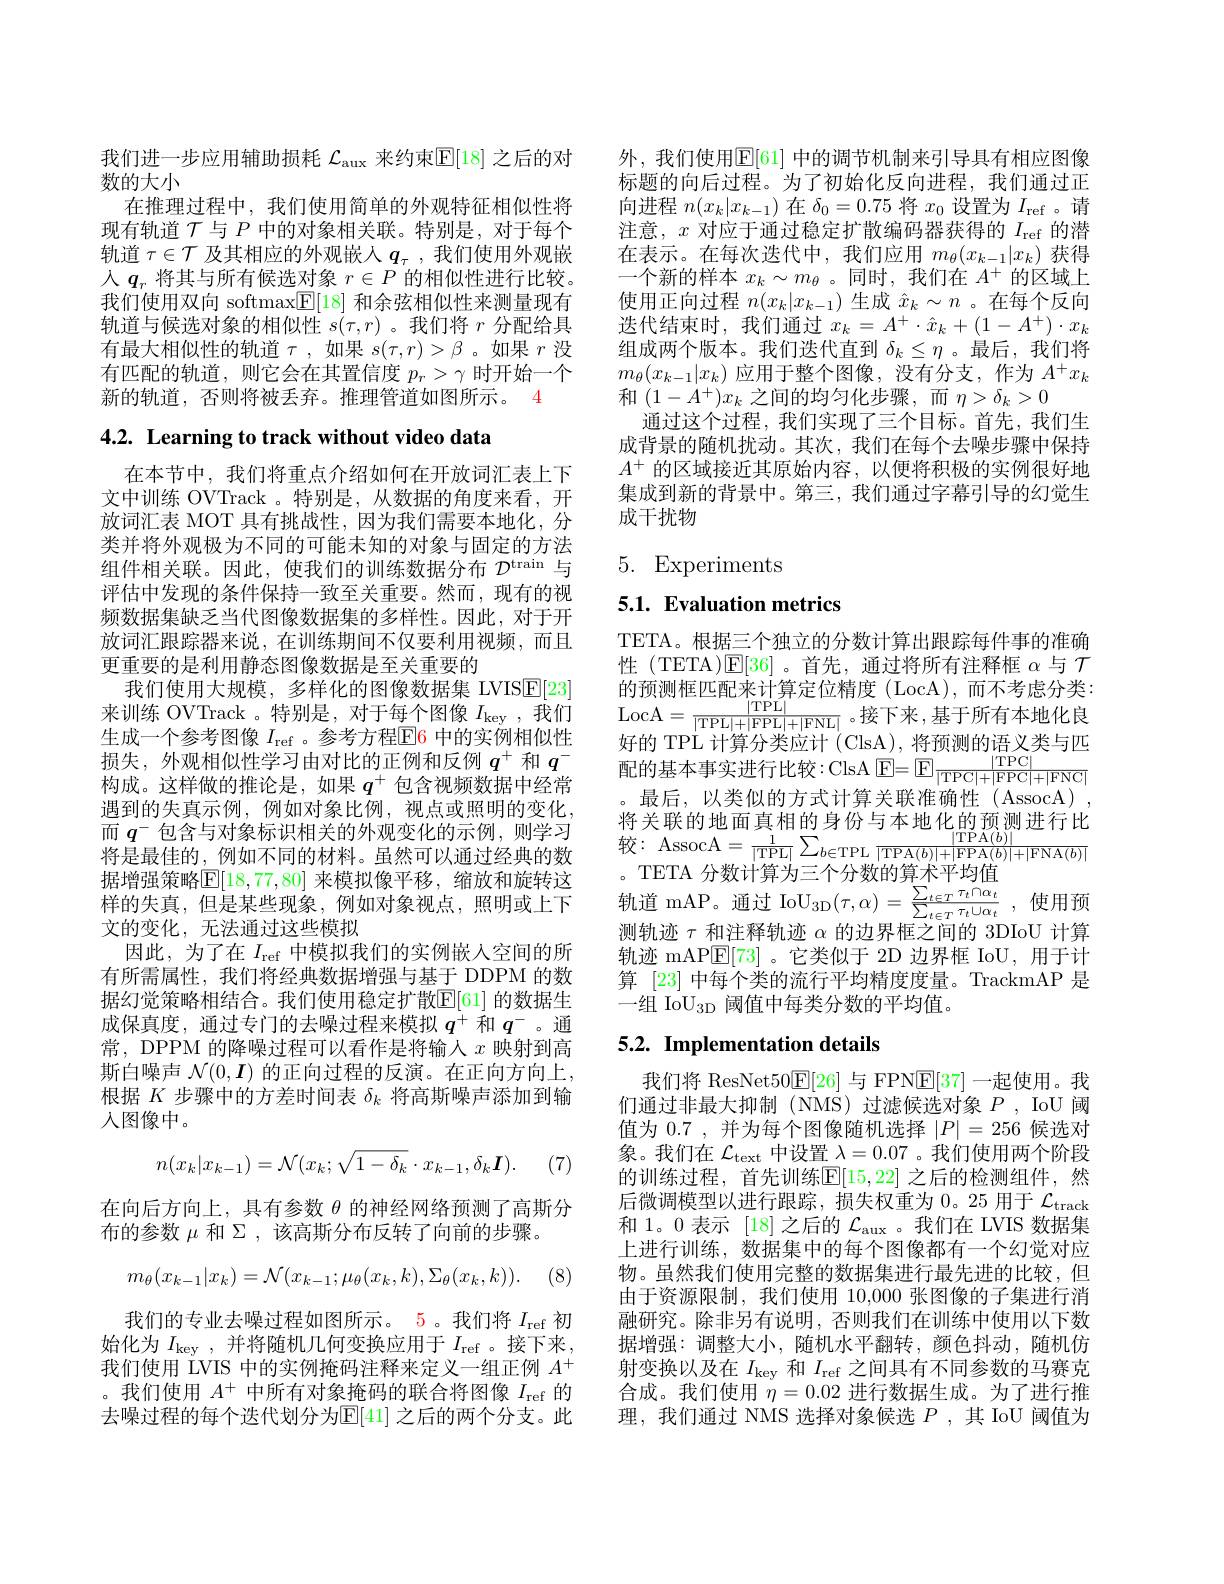
我们进一步应用辅助损耗$\mathcal{L}_\mathrm{aux}$来约束$\mathbb{E}[18]$之后的对
数的大小
在推理过程中，我们使用简单的外观特征相似性将现有轨道$\mathcal{T}$与$P$中的对象相关联。特别是，对于每个轨道$\tau\in\mathcal{T}$及其相应的外观嵌人$q_\tau$ ,我们使用外观嵌入$q_r$将其与所有候选对象$r\in P$的相似性进行比较。我们使用双向 softmax$\underline{\mathrm{E}}[18]$和余弦相似性来测量现有轨道与候选对象的相似性$s(\tau,r)$ 。我们将$r$分配给具有最大相似性的轨道$\tau$,如果$s(\tau,r)>\beta$ 。如果$r$没有匹配的轨道，则它会在其置信度$p_r>\gamma$时开始一个新的轨道，否则将被丢弃。推理管道如图所示。4

4.2. Learning to track without video data

在本节中，我们将重点介绍如何在开放词汇表上下文中训练 OVTrack 。特别是，从数据的角度来看，开放词汇表 MOT 具有挑战性，因为我们需要本地化，分类并将外观极为不同的可能未知的对象与固定的方法组件相关联。因此，使我们的训练数据分布$D^\mathrm{train}$与评估中发现的条件保持一致至关重要。然而，现有的视频数据集缺乏当代图像数据集的多样性。因此，对于开放词汇跟踪器来说，在训练期间不仅要利用视频，而且更重要的是利用静态图像数据是至关重要的
我们使用大规模，多样化的图像数据集 LVISE[23] 来训练 OVTrack 。特别是，对于每个图像$I_\mathrm{key}$,我们生成一个参考图像 $I_\mathrm{ref}$ 。参考方程$\overline{\mathbb{E}}$6 中的实例相似性损失，外观相似性学习由对比的正例和反例$q^+$和$q^-$ 构成。这样做的推论是，如果$q^{+}$包含视频数据中经常遇到的失真示例，例如对象比例，视点或照明的变化， 而$q^-$包含与对象标识相关的外观变化的示例，则学习将是最佳的，例如不同的材料。虽然可以通过经典的数据 增 强 策 略 $\mathbb{E} [ 18, 77, 80]$ 来 模 拟 像 平 移 , 缩 放 和 旋 转 这 。TETA 分 数 计 算 为 三 个 分 数 的 算 术 平 均 值 样 的 失 真 , 但 是 某 些 现 象 , 例 如 对 象 视 点 , 照 明 或 上 下 $\text{轨 道 mAP。通 过 IoU}_{3\mathrm{D} }( \tau , \alpha ) = \frac {\sum _{t\in T}\tau _{t}\cap \alpha _{t}}{\sum _{t\in T}\tau _{t}\cup \omega _{t}}$, 使 用 预 文 的 变 化 , 无 法 通 过 这 些 模 拟 测 轨 迹 $\tau$ 和 注 释 轨 迹 $\alpha$ 的 边 界 框 之 间 的 3DIoU 计 算
因此，为了在$I_\mathrm{ref}$中模拟我们的实例嵌人空间的所有所需属性，我们将经典数据增强与基于 DDPM 的数据幻觉策略相结合。我们使用稳定扩散E[ 61] 的数据生成保真度，通过专门的去噪过程来模拟$q^+$和$q^-$。通常，DPPM 的降噪过程可以看作是将输人$x$映射到高斯白噪声$\mathcal{N}(0,\boldsymbol{I})$的正向过程的反演。在正向方向上， 根据$K$步骤中的方差时间表$\delta_k$将高斯噪声添加到输人图像中。
$$n(x_{k}|x_{k-1})=\mathcal{N}(x_{k};\sqrt{1-\delta_{k}}\cdot x_{k-1},\delta_{k}\boldsymbol{I}).$$
(7)

在向后方向上，具有参数$\theta$的神经网络预测了高斯分
布的参数$\mu$和$\Sigma$,该高斯分布反转了向前的步骤。
$$m_{\theta}(x_{k-1}|x_{k})=\mathcal{N}(x_{k-1};\mu_{\theta}(x_{k},k),\Sigma_{\theta}(x_{k},k)).$$
我们的专业去噪过程如图所示。5。我们将$I_\mathrm{ref}$初始化为$I_\mathrm{key}$ ,并将随机几何变换应用于$I_\mathrm{ref}$ 。接下来， 我们使用 LVIS 中的实例掩码注释来定义一组正例$A^+$ 。我们使用$A^+$中所有对象掩码的联合将图像$I_\mathrm{ref}$的去噪过程的每个迭代划分为$\mathbb{E}[41]$ 之后的两个分支。此

外，我们使用$\mathbb{E}[61]$ 中的调节机制来引导具有相应图像标题的向后过程。为了初始化反向进程，我们通过正向进程$n(x_k|x_{k-1})$在$\delta_0=0.75$将$x_0$设置为$I_\mathrm{ref}$ 。请注意，$x$对应于通过稳定扩散编码器获得的$I_\mathrm{ref}$的潜在表示。在每次迭代中，我们应用$m_\theta(x_{k-1}|x_k)$获得一个新的样本$x_k\sim m_\theta$ 。同时，我们在$A^+$的区域上使用正向过程$n(x_k|x_{k-1})$生成$\hat{x}_k\sim n$ 。在每个反向迭代结束时，我们通过$x_k=A^+\cdot\hat{x}_k+(1-A^+)\cdot x_k$ 组成两个版本。我们迭代直到$\delta_k\leq\eta$ 。最后，我们将$m_{\theta}(x_{k-1}|x_{k})$应用于整个图像，没有分支，作为$A^+x_k$ 和$(1-A^{+})x_{k}$之间的均匀化步骤，而$\eta>\delta_k>0$
通过这个过程，我们实现了三个目标。首先，我们生成背景的随机扰动。其次，我们在每个去噪步骤中保持$A^+$的区域接近其原始内容，以便将积极的实例很好地集成到新的背景中。第三，我们通过字幕引导的幻觉生成干扰物

# 5. Experiments

## 5.1. Evaluation metrics

TETA。根据三个独立的分数计算出跟踪每件事的准确性 (TETA)$\mathsf{E}[36]$。首先，通过将所有注释框$\alpha$与$\mathcal{T}$ 的预测框匹配来计算定位精度 (LocA),而不考虑分类： LocA$= \frac {| \mathrm{TPL}| }{| \mathrm{TPL}| + | \mathrm{FPL}| + | \mathrm{FNL}| }$。接下来，基于所有本地化良好的 TPL 计算分类应计 (ClsA), 将预测的语义类与匹配的基本事实进行比较：ClsA E= E $\frac{|\mathrm{TPC}|}{|\mathrm{TPC}|+|\mathrm{FPC}|+|\mathrm{FNC}}$ 。最后，以类似的方式计算关联准确性(AssocA), 将关联的地面真相的身份与本地化的预测进行比较 : AssocA$= \frac 1{| \mathrm{TPL}| }\sum _{b\in \mathrm{TPL~}}\frac {| \mathrm{TPA}( b) | }{| \mathrm{TPA}( b) | + | \mathrm{FPA}( b) | + | \mathrm{FNA}( b) | }$ 轨迹 mAP$\mathbb{E}[73]$。它类似于 2D 边界框 IoU,用于计算 [23] 中每个类的流行平均精度度量。TrackmAP 是一组 IoU$_{3\mathrm{D}}$阈值中每类分数的平均值。

## 5.2. Implementation details

我们将 ResNet50$\mathbb{E}[26]$ 与 FPN$\mathbb{E}[37]$一起使用。我们通过非最大抑制(NMS)过滤候选对象$P$, IoU 阈值为 0.7 ,并为每个图像随机选择$|P|=256$候选对象。我们在$\mathcal{L}_\mathrm{text}$中设置$\lambda=0.07$ 。我们使用两个阶段的训练过程，首先训练$\mathbb{E}[15,22]$ 之后的检测组件，然后微调模型以进行跟踪，损失权重为 0。25 用于$\mathcal{L}_\mathrm{track}$ 和 1。0 表示 [18] 之后的$\mathcal{L}_\mathrm{aux}$ 。我们在 LVIS 数据集上进行训练，数据集中的每个图像都有一个幻觉对应物。虽然我们使用完整的数据集进行最先进的比较，但由于资源限制，我们使用 10,000 张图像的子集进行消融研究。除非另有说明，否则我们在训练中使用以下数据增强：调整大小，随机水平翻转，颜色抖动，随机仿射变换以及在$I_\mathrm{key}$和$I_\mathrm{ref}$之间具有不同参数的马赛克合成。我们使用$\eta=0.02$进行数据生成。为了进行推理，我们通过 NMS 选择对象候选$P$,其 IoU 阈值为